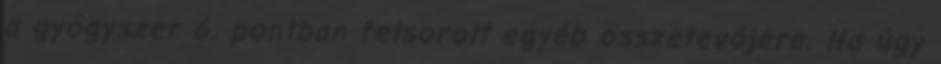
a gyógyszer 6. pontban felsorolt egyéb összetevőjére. Ha úgy